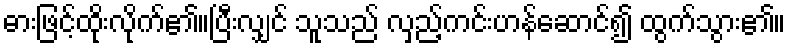
ဓားဖြင့်ထိုးလိုက်၏။ပြီးလျှင် သူသည် လှည့်ကင်းဟန်ဆောင်၍ ထွက်သွား၏။